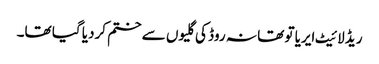
ریڈ لائیٹ ایریا تو تھا نہ روڈ کی گلیوں سے ختم کردیا گیا تھا۔